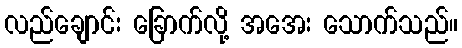
လည်ချောင်း ခြောက်လို့ အအေး သောက်သည်။